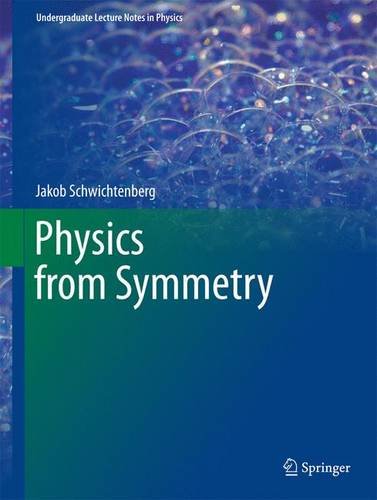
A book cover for Physics from Symmetry (Undergraduate Lecture Notes in Physics); Jakob Schwichtenberg; Science & Math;